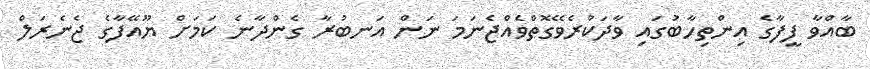
ބާއްވާ ފީފާގެ އިންތިހާބުގައި ވާދަކުރެވޭގޮތްވެއްޖެނަމަ ނަން އަނބުރާ ގެންދާނެ ކަމަށް ޔޫއޭފާގެ ޖެނެރަލް